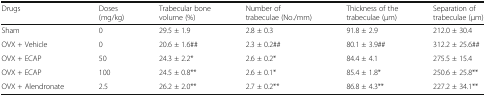
<table><thead><tr><td><b>Drugs</b></td><td><b>Doses (mg/kg)</b></td><td><b>Trabecular bone volume (%)</b></td><td><b>Number of trabeculae (No./mm)</b></td><td><b>Thickness of the trabeculae (μm)</b></td><td><b>Separation of trabeculae (μm)</b></td></tr></thead><tbody><tr><td>Sham</td><td>0</td><td>29.5 ± 1.9</td><td>2.8 ± 0.3</td><td>91.8 ± 2.9</td><td>212.0 ± 30.4</td></tr><tr><td>OVX + Vehicle</td><td>0</td><td>20.6 ± 1.6##</td><td>2.3 ± 0.2##</td><td>80.1 ± 3.9##</td><td>312.2 ± 25.6##</td></tr><tr><td>OVX + ECAP</td><td>50</td><td>24.3 ± 2.2*</td><td>2.6 ± 0.2*</td><td>84.4 ± 4.1</td><td>275.5 ± 15.4</td></tr><tr><td>OVX + ECAP</td><td>100</td><td>24.5 ± 0.8**</td><td>2.6 ± 0.1*</td><td>85.4 ± 1.8*</td><td>250.6 ± 25.8**</td></tr><tr><td>OVX + Alendronate</td><td>2.5</td><td>26.2 ± 2.0**</td><td>2.7 ± 0.2**</td><td>86.8 ± 4.3**</td><td>227.2 ± 34.1**</td></tr></tbody></table>